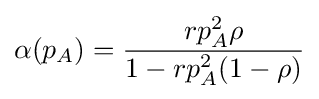
\alpha (p_{A})={\frac {rp_{A}^{2}\rho }{1-rp_{A}^{2}(1-\rho )}}